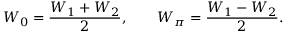
W _ { 0 } = \frac { W _ { 1 } + W _ { 2 } } { 2 } , \qquad W _ { \pi } = \frac { W _ { 1 } - W _ { 2 } } { 2 } .